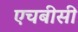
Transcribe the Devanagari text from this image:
एचबीसी